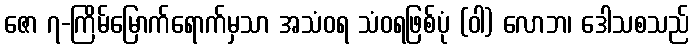
ဇော ၇-ကြိမ်မြောက်ရောက်မှသာ အသံဝရ သံဝရဖြစ်ပုံ (ဝါ) လောဘ၊ ဒေါသစသည်